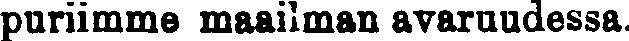
puriimme maaiiman avaruudessa.